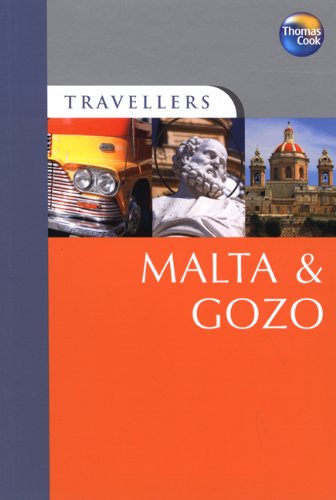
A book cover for Travellers Malta & Gozo, 4th (Travellers - Thomas Cook); Susie Boulton; Travel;